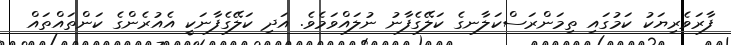
ފާރަވެރިޔަކު ކަމުގައި ތިމަންރަސްކަލާނގެ ކަލޭގެފާނު ނުލައްވަމެވެ. އަދި ކަލޭގެފާނަކީ އެއުރެންގެ ކަންތައްތައް